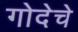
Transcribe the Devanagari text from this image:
गोदेचे